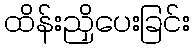
ထိန်းညှိပေးခြင်း